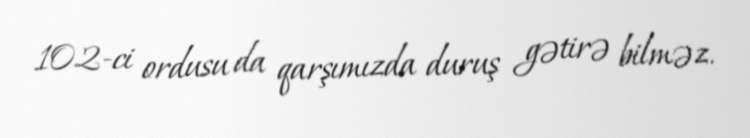
102-ci ordusu da qarşımızda duruş gətirə bilməz.